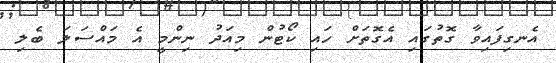
އެނގިފައިވާ ގޮތުގައި އެގޮތަށް ހައި ކޯޓުން މިއަދު ނިންމީ އެ މައްސަލަ ބެލި